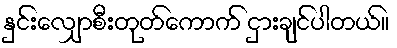
နှင်းလျှောစီးတုတ်ကောက် ငှားချင်ပါတယ်။